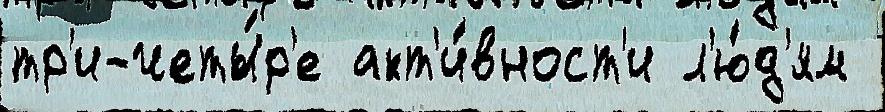
тр'и-четы́р'е акт'и́вност'и л'ю́д'ям